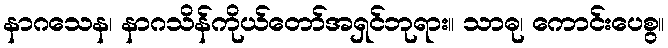
နာဂသေန၊ နာဂသိန်ကိုယ်တော်အရှင်ဘုရား။ သာဓု၊ ကောင်းပေစွ။